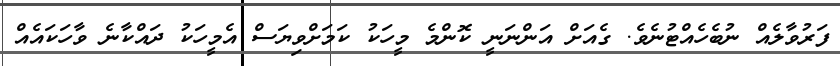
ފަރުވާލެއް ނުބެހެއްޓުނެވެ. ގެއަށް އަންނަނީ ކޮންމެ މީހަކު ކަމަށްވިޔަސް އެމީހަކު ދައްކާނެ ވާހަކައެއް